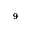
^ 9